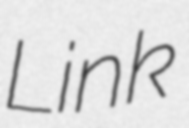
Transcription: Link